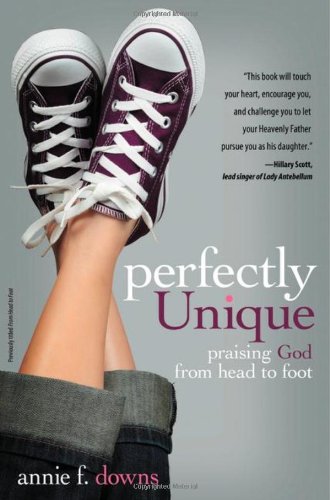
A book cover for Perfectly Unique: Praising God from Head to Foot; Annie F. Downs; Education & Teaching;